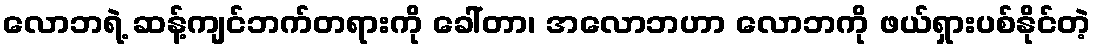
လောဘရဲ့ ဆန့်ကျင်ဘက်တရားကို ခေါ်တာ၊ အလောဘဟာ လောဘကို ဖယ်ရှားပစ်နိုင်တဲ့